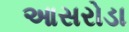
આસરોડા